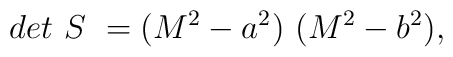
det~S~ =  (M^2 - a^2)~(M^2 - b^2), \qquad